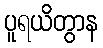
ပူရယိတွာန